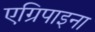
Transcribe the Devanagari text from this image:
एग्रिपाइना